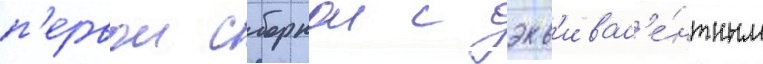
п'ервои сборнои с экв'ивал'е́нтным